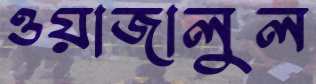
ওয়াজালুল